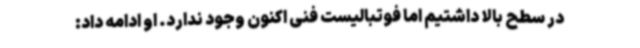
در سطح بالا داشتیم اما فوتبالیست فنی اکنون وجود ندارد. او ادامه داد: